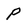
Character: P